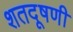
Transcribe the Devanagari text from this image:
शतदूषणी